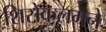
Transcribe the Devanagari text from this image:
शिसेकलमने